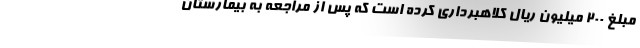
مبلغ ۲۰۰ میلیون ریال کلاهبرداری کرده است که پس از مراجعه به بیمارستان